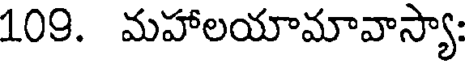
109. మహాలయామావాస్యా: